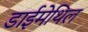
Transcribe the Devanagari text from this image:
डाईमेथिल